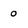
Character: o